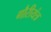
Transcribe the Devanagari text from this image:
गौरीयंत्र